Annual report on the mental hospital in the Central Provinces and Berar (Nagpur) - 1927-1951
Year: 1927
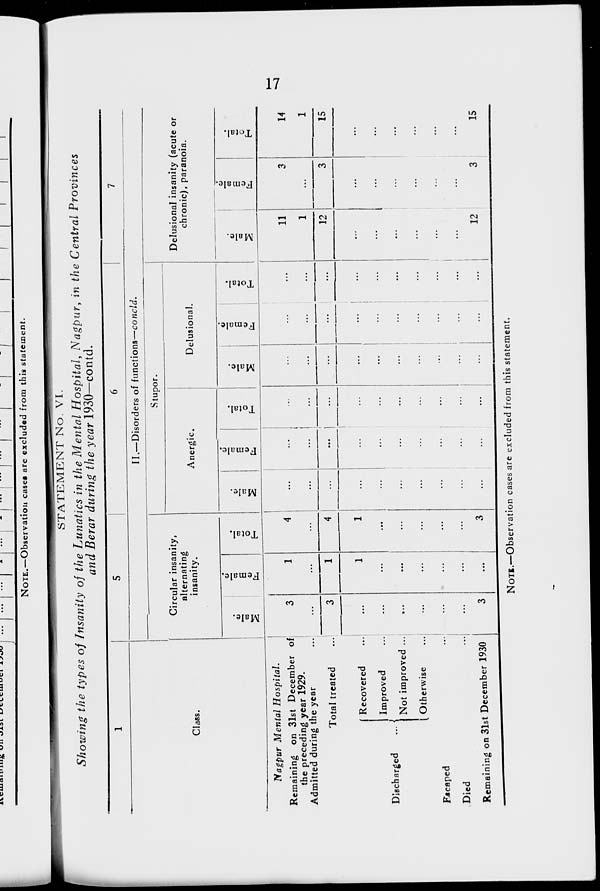
17
STATEMENT No. VI.
Showing the types of Insanity of the Lunatics in the Mental Hospital, Nagpur, in the Central Provinces
and Berar during the year 1930—contd.
1
Class.
Nagpur Mental
Hospital.
Remaining on 31st December of
the preceding year 1929.
Admitted during the year ...
Total treated ...
Discharged
...
Recovered ...
Improved ...
Not improved ...
Otherwise ...
Escaped ...
Died ...
Remaining on 31st December 1930
5
6
7
II.—Disorders of functions—concld.
Circular insanity,
alternating
insanity.
Male.
3
...
3
...
...
...
...
...
...
3
Female.
1
...
1
1
...
...
...
...
...
...
Total.
4
...
4
1
...
...
...
...
...
3
Stupor.
Anergic.
Male.
...
...
...
...
...
...
...
...
...
...
Female.
...
...
...
...
...
...
...
...
...
...
Total.
...
...
...
...
...
...
...
...
...
...
Delusional.
Male.
...
...
...
...
...
...
...
...
...
...
Female.
...
...
...
...
...
...
...
...
...
...
Total.
...
...
...
...
...
...
...
...
...
...
Delusional insanity (acute or
chronic), paranoia.
Male.
11
1
12
...
...
...
...
...
...
12
Female.
3
...
3
...
...
...
...
...
...
3
Total.
14
1
15
...
...
...
...
...
...
15
NOTE.—Observation cases are excluded from this statement.